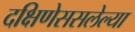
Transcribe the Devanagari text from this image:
दक्षिणेससलेल्या